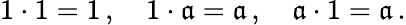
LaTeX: \textstyle1\cdot1=1\, ,\quad1\cdot\mathfrak{a}=\mathfrak{a}\, ,\quad\mathfrak{a}\cdot1=\mathfrak{a}\, .